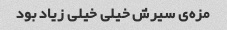
مزه‌ی سیرش خیلی خیلی زیاد بود